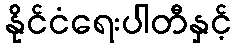
နိုင်ငံရေးပါတီနှင့်